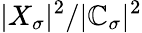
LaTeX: |X_{\sigma}|^{2}/|\mathbb{C}_{\sigma}|^{2}